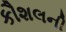
કૌશલની